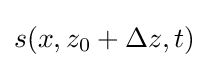
s(x,z_{0}+\Delta z,t)